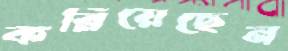
কব্‌লিয়েছেন